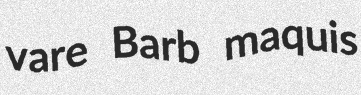
vare Barb maquis